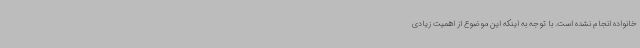
خانواده انجام نشده است. با توجه به اینکه این موضوع از اهمیت زیادی